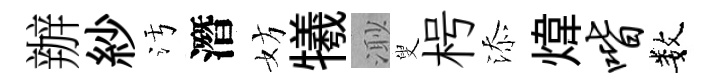
辦紗污潛妨犧𣺌叟枵添煒喈数